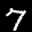
Label: 7